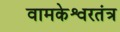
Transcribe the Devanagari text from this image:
वामकेश्वरतंत्र